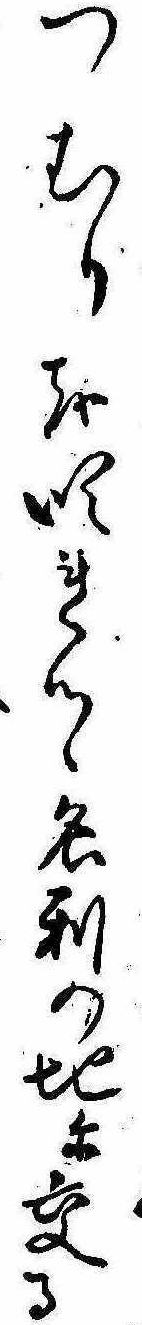
つむりを吹れつゝ名利の地に交る